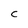
Character: C